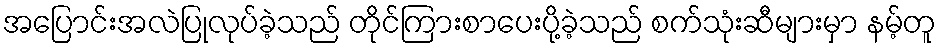
အပြောင်းအလဲပြုလုပ်ခဲ့သည် တိုင်ကြားစာပေးပို့ခဲ့သည် စက်သုံးဆီများမှာ နမ့်တူ